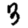
Digit: 3